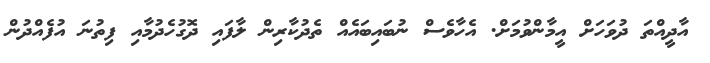
އާދީއްތަ ދުވަހަށް އީމާންވުމަށް. އެހާވެސް ނުބައިބައެއް ތެދުކާރިން ލާފައި ދޮގުހެދުމާއި ފިތުނަ އުފެއްދުން